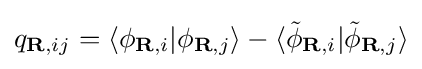
q_{\mathbf {R} ,ij}=\langle \phi _{\mathbf {R} ,i}|\phi _{\mathbf {R} ,j}\rangle -\langle {\tilde {\phi }}_{\mathbf {R} ,i}|{\tilde {\phi }}_{\mathbf {R} ,j}\rangle